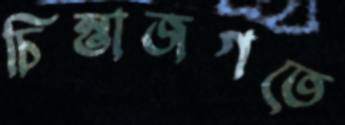
চিন্তাজগতে